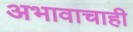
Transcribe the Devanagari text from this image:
अभावाचाही